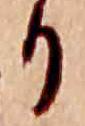
り